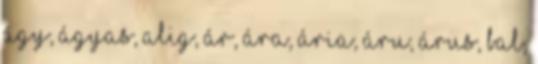
ÁGY, ÁGYAS, ALIG, ÁR, ÁRA, ÁRIA, ÁRU, ÁRUS, BAL,